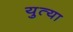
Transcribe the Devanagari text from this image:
युत्या